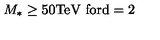
M _ { * } \geq 5 0 \mathrm { T e V } \ \mathrm { f o r d = 2 }